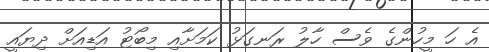
އެ ހަ މީހުންގެ ވެސް ހާލު ރަނގަޅު ކަމަށާއި މިބޯޓު އަޑިއަށް ދިޔައީ